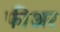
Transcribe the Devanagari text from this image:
फीअर